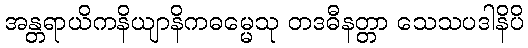
အန္တရာယိကနိယျာနိကဓမ္မေသု တဒဓီနတ္တာ သေသပဒါနိပိ